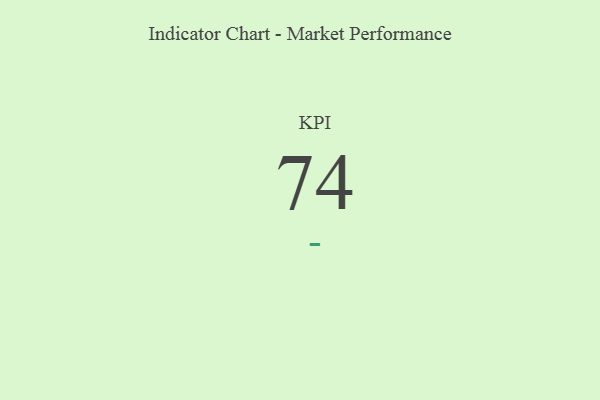
{"axis": {"x": "KPI", "y": "Value"}, "legend": [""], "data": [{"x": "KPI", "y": 74, "type": ""}]}